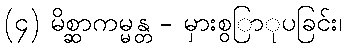
(၄) မိစ္ဆာကမ္မန္တ - မှားစွြာုပခြင်း၊